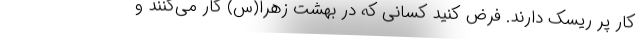
کار پر ریسک دارند. فرض کنید کسانی که در بهشت زهرا(س) کار می‌کنند و